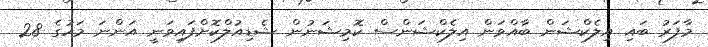
މާފަރު ބައި އިލެކްޝަން ބާއްވަން އިލެކްޝަންސް ކޮމިޝަނުން ޝެޑިއުލްކޮށްފައިވަނީ އަންނަ މަހުގެ 28